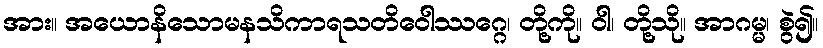
အား။ အယောနိသောမနသိကာရသတိဝေါဿဂ္ဂေ၊ တို့ကို။ ဝါ၊ တို့သို။ အာဂမ္မ၊ စွဲ၍။